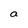
Character: a